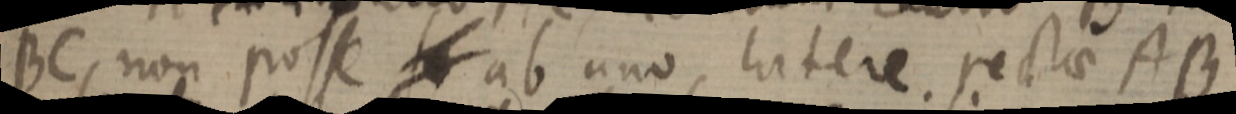
BC, non posse _ ab uno, latere rectae AB